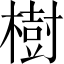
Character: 樹